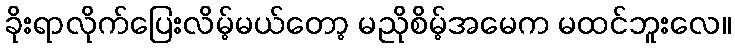
ခိုးရာလိုက်ပြေးလိမ့်မယ်တော့ မညိုစိမ့်အမေက မထင်ဘူးလေ။